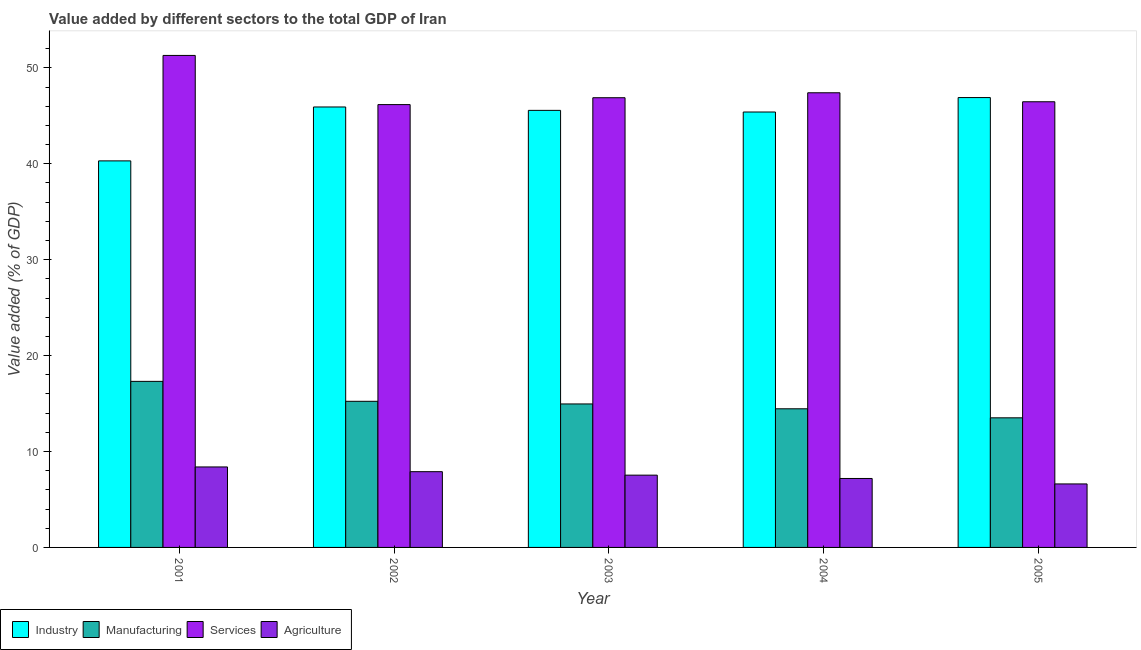
| Year | Industry | Manufacturing | Services | Agriculture |
 | --- | --- | --- | --- | --- |
 | 2001 | 40.3 | 17.3 | 51.3 | 8.39 |
 | 2002 | 45.9 | 15.2 | 46.2 | 7.9 |
 | 2003 | 45.6 | 15 | 46.9 | 7.54 |
 | 2004 | 45.4 | 14.5 | 47.4 | 7.19 |
 | 2005 | 46.9 | 13.5 | 46.5 | 6.62 |